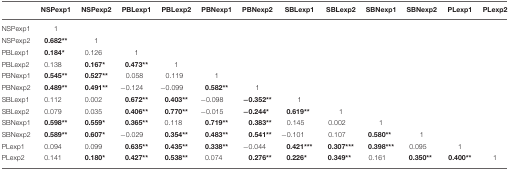
<table><thead><tr><td></td><td><b>NSPexp1</b></td><td><b>NSPexp2</b></td><td><b>PBLexp1</b></td><td><b>PBLexp2</b></td><td><b>PBNexp1</b></td><td><b>PBNexp2</b></td><td><b>SBLexp1</b></td><td><b>SBLexp2</b></td><td><b>SBNexp1</b></td><td><b>SBNexp2</b></td><td><b>PLexp1</b></td><td><b>PLexp2</b></td></tr></thead><tbody><tr><td>NSPexp1</td><td>1</td><td></td><td></td><td></td><td></td><td></td><td></td><td></td><td></td><td></td><td></td><td></td></tr><tr><td>NSPexp2</td><td><b>0.682</b><sup>**</sup></td><td>1</td><td></td><td></td><td></td><td></td><td></td><td></td><td></td><td></td><td></td><td></td></tr><tr><td>PBLexp1</td><td><b>0.184</b><sup>*</sup></td><td>0.126</td><td>1</td><td></td><td></td><td></td><td></td><td></td><td></td><td></td><td></td><td></td></tr><tr><td>PBLexp2</td><td>0.138</td><td><b>0.167</b><sup>*</sup></td><td><b>0.473</b><sup>**</sup></td><td>1</td><td></td><td></td><td></td><td></td><td></td><td></td><td></td><td></td></tr><tr><td>PBNexp1</td><td><b>0.545</b><sup>**</sup></td><td><b>0.527</b><sup>**</sup></td><td>0.058</td><td>0.119</td><td>1</td><td></td><td></td><td></td><td></td><td></td><td></td><td></td></tr><tr><td>PBNexp2</td><td><b>0.489</b><sup>**</sup></td><td><b>0.491</b><sup>**</sup></td><td>−0.124</td><td>−0.099</td><td><b>0.582</b><sup>**</sup></td><td>1</td><td></td><td></td><td></td><td></td><td></td><td></td></tr><tr><td>SBLexp1</td><td>0.112</td><td>0.002</td><td><b>0.672</b><sup>**</sup></td><td><b>0.403</b><sup>**</sup></td><td>−0.098</td><td>−<b>0.352</b><sup>**</sup></td><td>1</td><td></td><td></td><td></td><td></td><td></td></tr><tr><td>SBLexp2</td><td>0.079</td><td>0.035</td><td><b>0.406</b><sup>**</sup></td><td><b>0.770</b><sup>**</sup></td><td>−0.015</td><td>−<b>0.244</b><sup>*</sup></td><td><b>0.619</b><sup>**</sup></td><td>1</td><td></td><td></td><td></td><td></td></tr><tr><td>SBNexp1</td><td><b>0.598</b><sup>**</sup></td><td><b>0.559</b><sup>*</sup></td><td><b>0.365</b><sup>**</sup></td><td>0.118</td><td><b>0.719</b><sup>**</sup></td><td><b>0.383</b><sup>**</sup></td><td>0.145</td><td>0.002</td><td>1</td><td></td><td></td><td></td></tr><tr><td>SBNexp2</td><td><b>0.589</b><sup>**</sup></td><td><b>0.607</b><sup>*</sup></td><td>−0.029</td><td><b>0.354</b><sup>**</sup></td><td><b>0.483</b><sup>**</sup></td><td><b>0.541</b><sup>**</sup></td><td>−0.101</td><td>0.107</td><td><b>0.580</b><sup>**</sup></td><td>1</td><td></td><td></td></tr><tr><td>PLexp1</td><td>0.094</td><td>0.099</td><td><b>0.635</b><sup>**</sup></td><td><b>0.435</b><sup>**</sup></td><td><b>0.338</b><sup>**</sup></td><td>−0.044</td><td><b>0.421</b><sup>***</sup></td><td><b>0.307</b><sup>***</sup></td><td><b>0.398</b><sup>***</sup></td><td>0.095</td><td>1</td><td></td></tr><tr><td>PLexp2</td><td>0.141</td><td><b>0.180</b><sup>*</sup></td><td><b>0.427</b><sup>**</sup></td><td><b>0.538</b><sup>**</sup></td><td>0.074</td><td><b>0.276</b><sup>**</sup></td><td><b>0.226</b>*</td><td><b>0.349</b><sup>**</sup></td><td>0.161</td><td><b>0.350</b><sup>**</sup></td><td><b>0.400</b><sup>**</sup></td><td>1</td></tr></tbody></table>